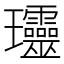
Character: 𤫩